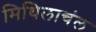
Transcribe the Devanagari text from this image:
मिथिलाचंल